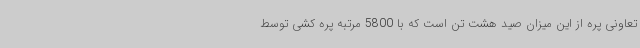
تعاونی پره از این میزان صید هشت تن است که با 5800 مرتبه پره کشی توسط